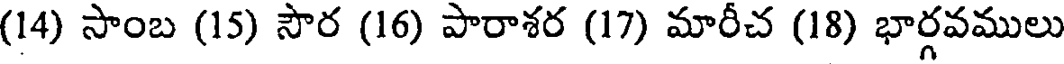
(14) సాంబ (15) సౌర (16) పారాశర (17) మారీచ (18) భార్గవములు